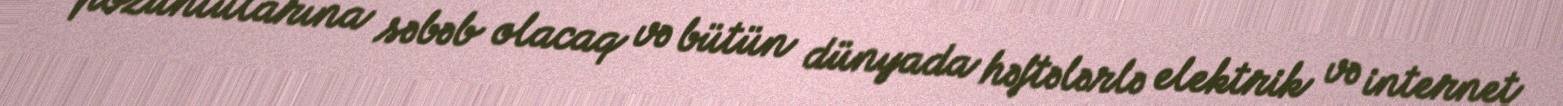
pozuntularına səbəb olacaq və bütün dünyada həftələrlə elektrik və internet